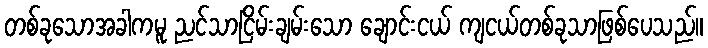
တစ်ခုသောအခါကမူ ညင်သာငြိမ်းချမ်းသော ချောင်းငယ် ကျငယ်တစ်ခုသာဖြစ်ပေသည်။